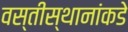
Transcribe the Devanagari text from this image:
वस्तीस्थानांकडे